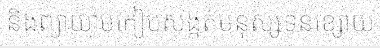
និងព្យាយាមកៀបសង្កត់មនុស្សទន់ខ្សោយ